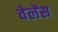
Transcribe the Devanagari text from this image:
वेलेंस